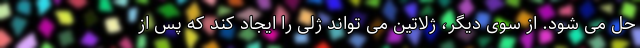
حل می شود. از سوی دیگر، ژلاتین می تواند ژلی را ایجاد کند که پس از